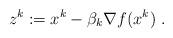
LaTeX: \begin{align*}z^k:=x^k-\beta_k \nabla f(x^k)\;.\end{align*}